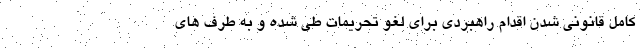
کامل قانونی شدن اقدام راهبردی برای لغو تحریمات طی شده و به طرف های